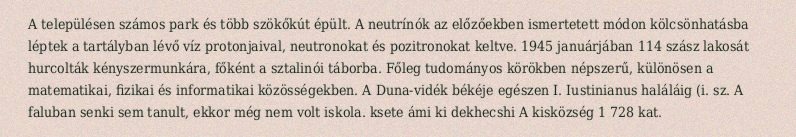
A településen számos park és több szökőkút épült. A neutrínók az előzőekben ismertetett módon kölcsönhatásba léptek a tartályban lévő víz protonjaival, neutronokat és pozitronokat keltve. 1945 januárjában 114 szász lakosát hurcolták kényszermunkára, főként a sztalinói táborba. Főleg tudományos körökben népszerű, különösen a matematikai, fizikai és informatikai közösségekben. A Duna-vidék békéje egészen I. Iustinianus haláláig (i. sz. A faluban senki sem tanult, ekkor még nem volt iskola. ksete ámi ki dekhecshi A kisközség 1 728 kat.